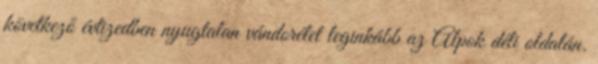
következő évtizedben nyugtalan vándorélet leginkább az Alpok déli oldalán.